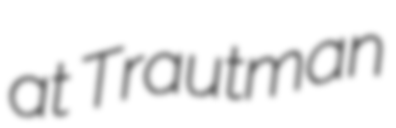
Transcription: at Trautman